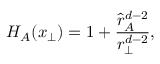
H _ { A } ( x _ { \perp } ) = 1 + { \frac { \hat { r } _ { A } ^ { d - 2 } } { r _ { \perp } ^ { d - 2 } } } ,